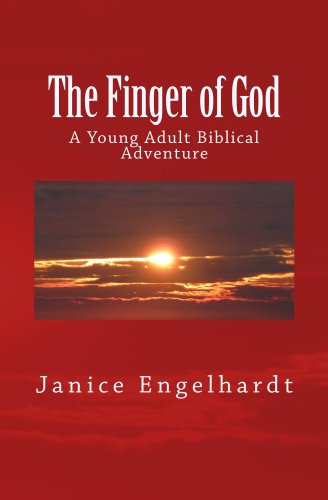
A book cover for The Finger of God: A Young Adult Biblical Adventure; Janice Engelhardt; Teen & Young Adult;